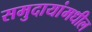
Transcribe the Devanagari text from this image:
समुदायांमधील